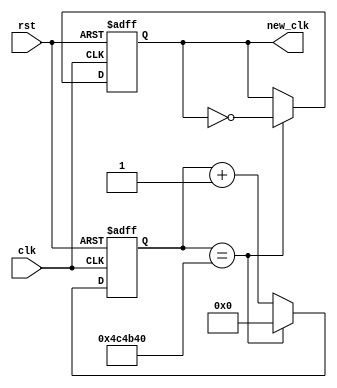
`timescale 1ns / 1ps

module clock_div(
    input clk,
    input rst,
    output reg new_clk
    );
    
    // The constant that defines the clock speed. 
    // Since the system clock is 100MHZ, 
    // define_speed = 100MHz/(2*desired_clock_frequency)
    localparam define_speed = 26'd5000000;
    
    // Count value that counts to define_speed
    reg [25:0] count;
    
    // Run on the positive edge of the clk and rst signals
    always @ (posedge(clk),posedge(rst))
    begin
        // When rst is high set count and new_clk to 0
        if (rst == 1'b1)
        begin 
            count = 26'b0;   
            new_clk = 1'b0;            
        end
        // When the count has reached the constant
        // reset count and toggle the output clock
        else if (count == define_speed)
        begin
            count = 26'b0;
            new_clk = ~new_clk;
        end
        // increment the clock and keep the output clock
        // the same when the constant hasn't been reached        
        else
        begin
            count = count + 1'b1;
            new_clk = new_clk;
        end
    end
endmodule